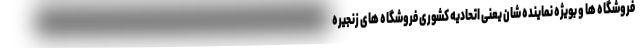
فروشگاه ها و بویژه نماینده شان یعنی اتحادیه کشوری فروشگاه های زنجیره